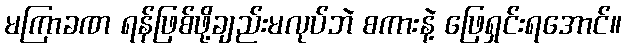
မကြာခဏ ရန်ဖြစ်ဖို့ချည်းမလုပ်ဘဲ စကားနဲ့ ဖြေရှင်းရအောင်။